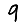
Digit: 9